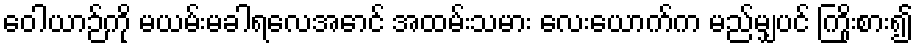
ဝေါယာဉ်ကို မယမ်းမခါရလေအောင် အထမ်းသမား လေးယောက်က မည်မျှပင် ကြိုးစား၍